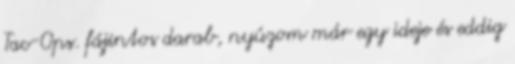
Tac-Ops. fájintos darab, nyúzom már egy ideje és eddig